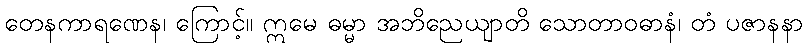
တေနကာရဏေန၊ ကြောင့်။ ဣမေ ဓမ္မာ အဘိညေယျာတိ သောတာဝဓာနံ၊ တံ ပဇာနနာ